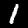
Digit: 1